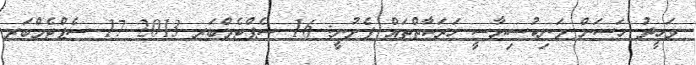
ވަހީދު ހަސަން މަނިކުސިޔާސީ ހަރަކާތްތައް ފެށުނީ: 16 ސެޕްޓެމްބަރ 2013 17 ސެޕްޓެމްބަރ